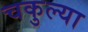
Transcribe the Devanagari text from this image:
चकुल्या